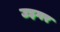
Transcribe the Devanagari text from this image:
उइगर